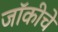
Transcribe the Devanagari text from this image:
जॉकीचे